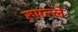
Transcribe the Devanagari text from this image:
रुएल्ले